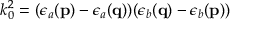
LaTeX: k _ { 0 } ^ { 2 } = ( \epsilon _ { a } ( { \bf p } ) - \epsilon _ { a } ( { \bf q } ) ) ( \epsilon _ { b } ( { \bf q } ) - \epsilon _ { b } ( { \bf p } ) )